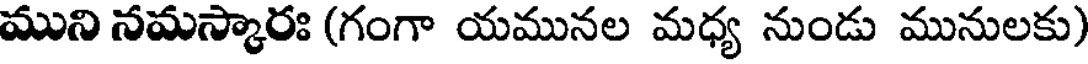
ముని నమస్కారః (గంగా యమునల మధ్య నుండు మునులకు)